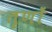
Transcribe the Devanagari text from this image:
तृणों